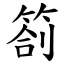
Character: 劄